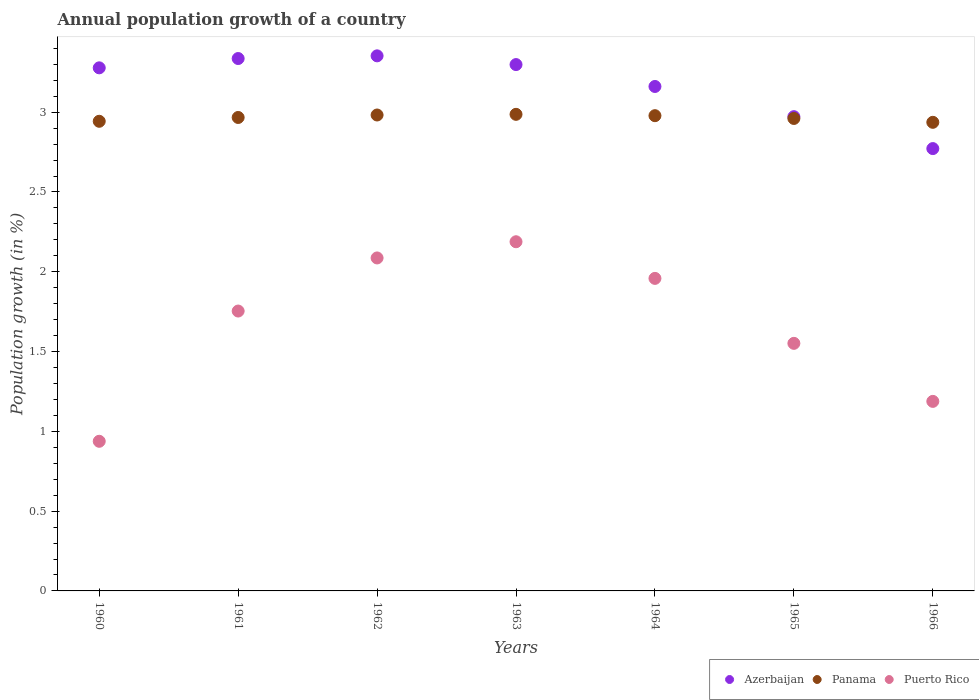
| Years | Azerbaijan | Panama | Puerto Rico |
 | --- | --- | --- | --- |
 | 1960 | 3.28 | 2.94 | 0.938 |
 | 1961 | 3.34 | 2.97 | 1.75 |
 | 1962 | 3.35 | 2.98 | 2.09 |
 | 1963 | 3.3 | 2.99 | 2.19 |
 | 1964 | 3.16 | 2.98 | 1.96 |
 | 1965 | 2.97 | 2.96 | 1.55 |
 | 1966 | 2.77 | 2.94 | 1.19 |